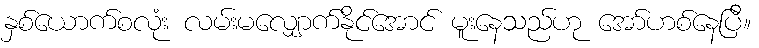
နှစ်ယောက်စလုံး လမ်းမလျှောက်နိုင်အောင် မူးနေသည်ဟု အော်ဟစ်နေပြီ။